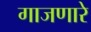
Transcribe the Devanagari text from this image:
गाजणारे